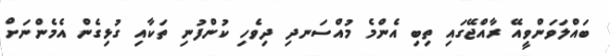
ބައްލަވަންވީއޭ ރާއްޖޭގައި ތިބި އެންމެ މުއްސަނދި ދިވެހި ކުންފުނި ތަކާއި ގުޅިގެން އެމެންނަށް